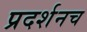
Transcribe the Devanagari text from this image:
प्रदर्शनच